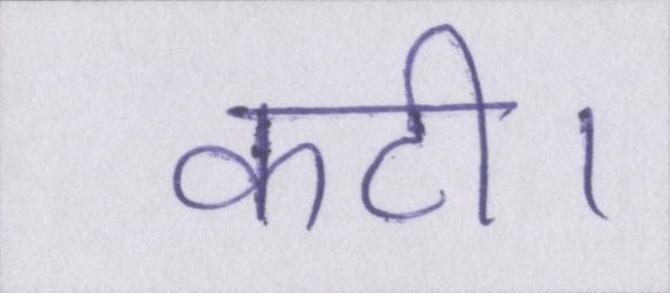
कटी।